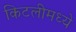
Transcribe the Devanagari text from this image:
किटलीमध्ये